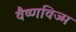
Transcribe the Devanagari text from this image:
वैष्णविज्म